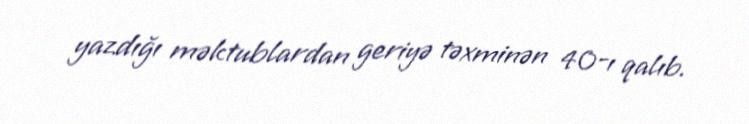
yazdığı məktublardan geriyə təxminən 40-ı qalıb.